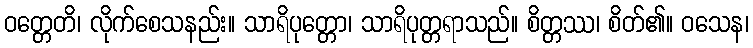
ဝတ္တေတိ၊ လိုက်စေသနည်း။ သာရိပုတ္တော၊ သာရိပုတ္တရာသည်။ စိတ္တဿ၊ စိတ်၏။ ဝသေန၊